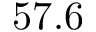
5 7 . 6